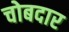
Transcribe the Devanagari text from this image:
चोबदार